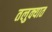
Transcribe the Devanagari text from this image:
तलुक्यात